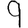
Digit: 9